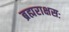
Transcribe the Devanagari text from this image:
ब्रह्मराक्षसः